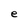
Character: e